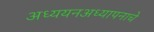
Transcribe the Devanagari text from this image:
अध्ययनअध्यापनाचे